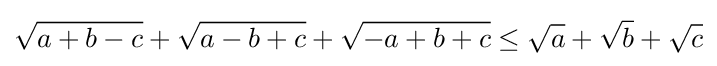
{\sqrt {a+b-c}}+{\sqrt {a-b+c}}+{\sqrt {-a+b+c}}\leq {\sqrt {a}}+{\sqrt {b}}+{\sqrt {c}}